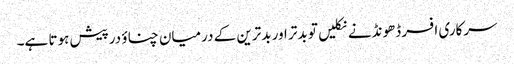
سرکاری افسر ڈھونڈنے نکلیں تو بدتر اور بدترین کے درمیان چناؤ درپیش ہوتا ہے۔